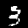
Digit: 3